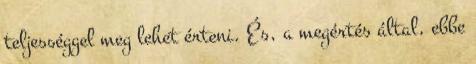
teljességgel meg lehet érteni. És, a megértés által, ebbe